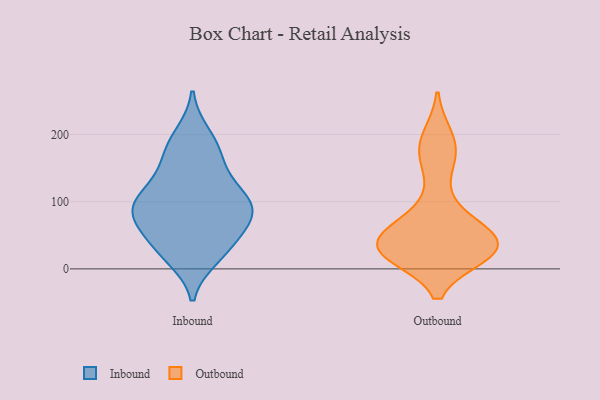
{"axis": {"x": "Market Share (%)", "y": "Value"}, "legend": ["Inbound", "Outbound"], "data": [{"x": "", "y": 173, "type": "Inbound"}, {"x": "", "y": 109, "type": "Inbound"}, {"x": "", "y": 39, "type": "Inbound"}, {"x": "", "y": 61, "type": "Inbound"}, {"x": "", "y": 17, "type": "Inbound"}, {"x": "", "y": 75, "type": "Inbound"}, {"x": "", "y": 130, "type": "Inbound"}, {"x": "", "y": 166, "type": "Inbound"}, {"x": "", "y": 25, "type": "Inbound"}, {"x": "", "y": 83, "type": "Inbound"}, {"x": "", "y": 200, "type": "Inbound"}, {"x": "", "y": 109, "type": "Inbound"}, {"x": "", "y": 93, "type": "Inbound"}, {"x": "", "y": 84, "type": "Inbound"}, {"x": "", "y": 31, "type": "Outbound"}, {"x": "", "y": 34, "type": "Outbound"}, {"x": "", "y": 154, "type": "Outbound"}, {"x": "", "y": 22, "type": "Outbound"}, {"x": "", "y": 50, "type": "Outbound"}, {"x": "", "y": 84, "type": "Outbound"}, {"x": "", "y": 179, "type": "Outbound"}, {"x": "", "y": 26, "type": "Outbound"}, {"x": "", "y": 30, "type": "Outbound"}, {"x": "", "y": 196, "type": "Outbound"}, {"x": "", "y": 66, "type": "Outbound"}, {"x": "", "y": 31, "type": "Outbound"}, {"x": "", "y": 32, "type": "Outbound"}]}